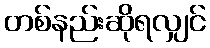
တစ်နည်းဆိုရလျှင်